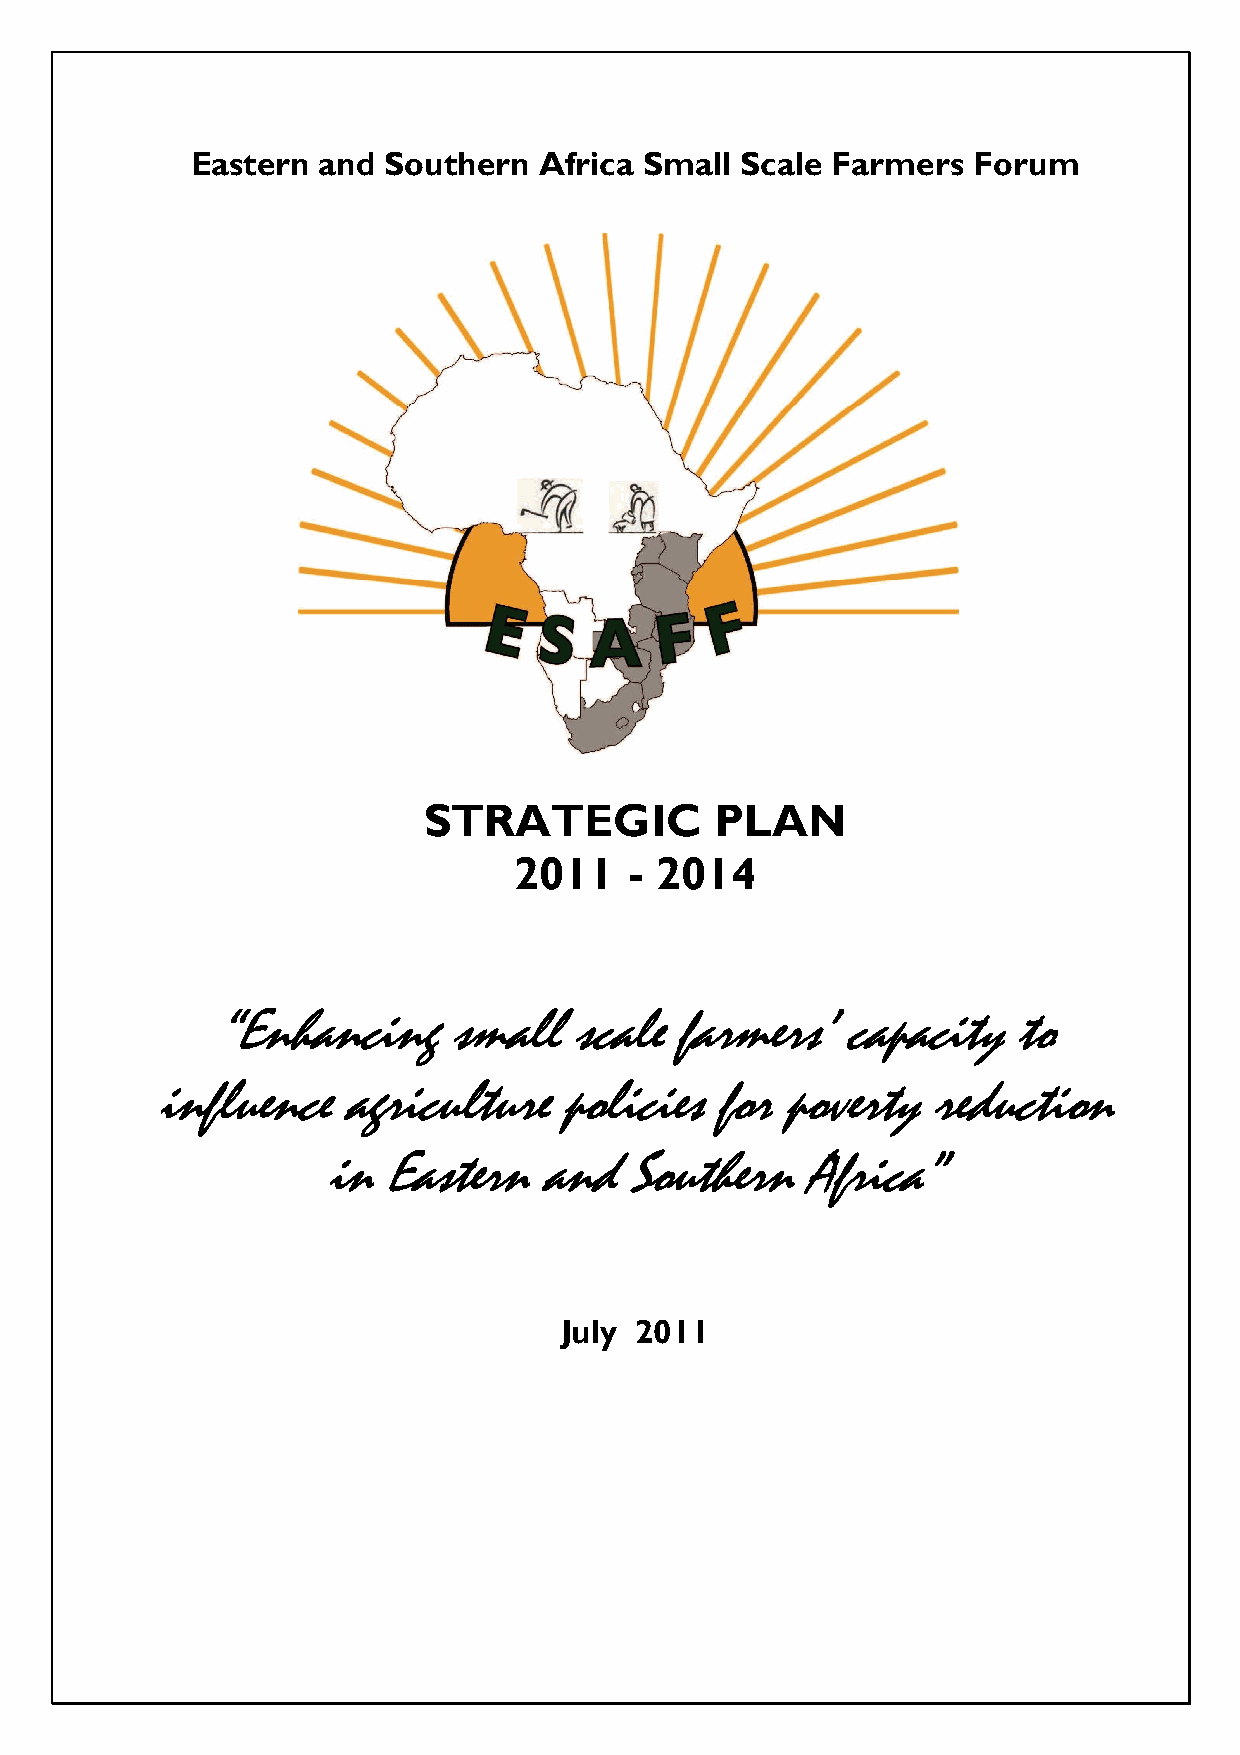
Eastern and  Southern  Africa Small Scale Farmers  Forum
 STRATEGIC          PLAN
 2011    - 2014
 ““““EEEEnnnnhhhhaaaannnncccciiiinnnngggg ssssmmmmaaaallllllll ssssccccaaaalllleeee ffffaaaarrrrmmmmeeeerrrrssss’’’’ ccccaaaappppaaaacccciiiittttyyyy ttttoooo
 iiiinnnnfffflllluuuueeeennnncccceeee aaaaggggrrrriiiiccccuuuullllttttuuuurrrreeee ppppoooolllliiiicccciiiieeeessss ffffoooorrrr ppppoooovvvveeeerrrrttttyyyy rrrreeeedddduuuuccccttttiiiioooonnnn
 iiiinnnn EEEEaaaasssstttteeeerrrrnnnn aaaannnndddd SSSSoooouuuutttthhhheeeerrrrnnnn AAAAffffrrrriiiiccccaaaa””””
 July 2011